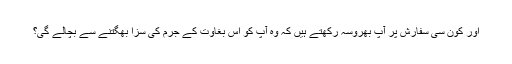
اور کون سی سفارش پر آپ بھروسہ رکھتے ہیں کہ وہ آپ کو اس بغاوت کے جرم کی سزا بھگتنے سے بچالے گی؟